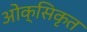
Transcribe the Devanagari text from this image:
ओक्सिकृत